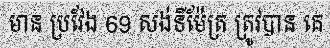
មាន ប្រវែង 69 សង់ទីម៉ែត្រ ត្រូវបាន គេ